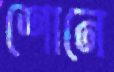
শোনে